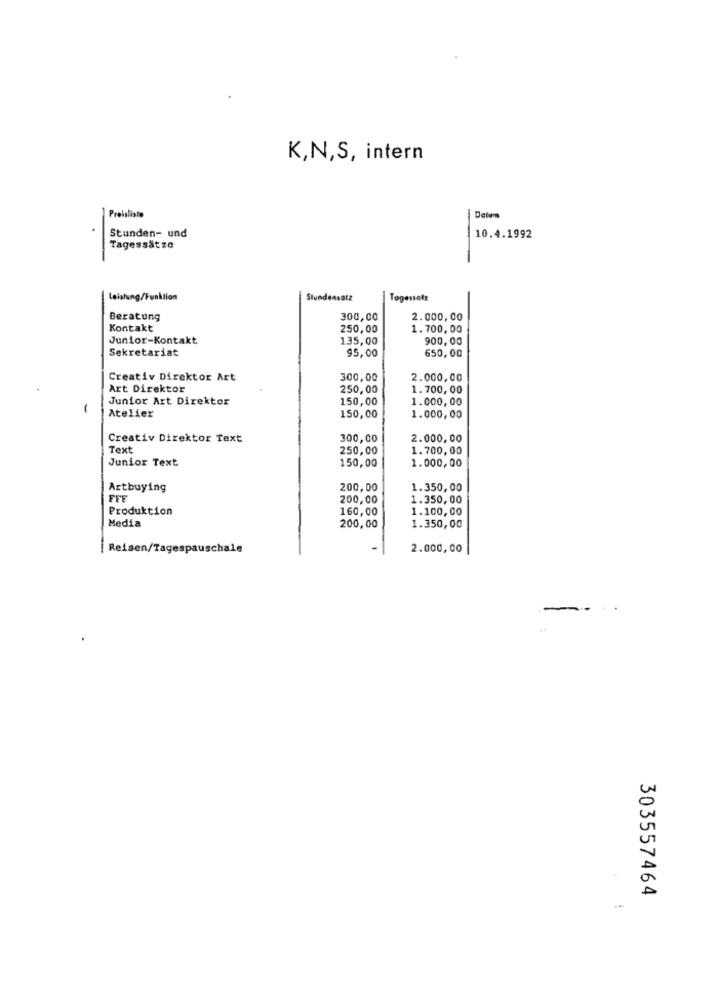
K,N,S, intern
Preisliste
Datens
.
-
Stunden- und
10.4.1992
Tagessätze
Leistung/Funktion
Stundensatz
Togesetz
Beratung
300,00
2.000,00
Kontakt
250,00
1.700,00
Junior-Kontakt
135,00
900,00
Sekretariat
95,00
650,00
Creativ Direktor Art
300,00
2.000,00
Art Direktor
250,00
1.700,00
Junior Art Direktor
150,00
1.000,00
Atelier
150,00
1.000,00
Creativ Direktor Text
300,00
2.000,00
Text
250,00
1.700,00
Junior Text
150,00
1.000,00
Artbuying
200,00
1.350,00
FFE
200,00
1.350,00
Produktion
160,00
1.100,00
Media
1.350,00
200,00
Reisen/Tagespauschale
2.000,00
303557464